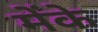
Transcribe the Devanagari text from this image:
मेंके